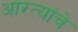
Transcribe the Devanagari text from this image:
आरत्यांचे